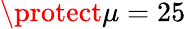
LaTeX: \protect\mu=25